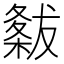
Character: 𭫭